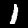
Label: 1